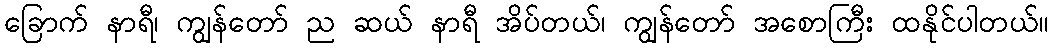
ခြောက် နာရီ၊ ကျွန်တော် ည ဆယ် နာရီ အိပ်တယ်၊ ကျွန်တော် အစောကြီး ထနိုင်ပါတယ်။